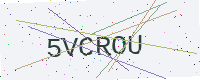
Text: 5VCROU